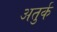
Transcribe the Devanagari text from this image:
अतुर्क